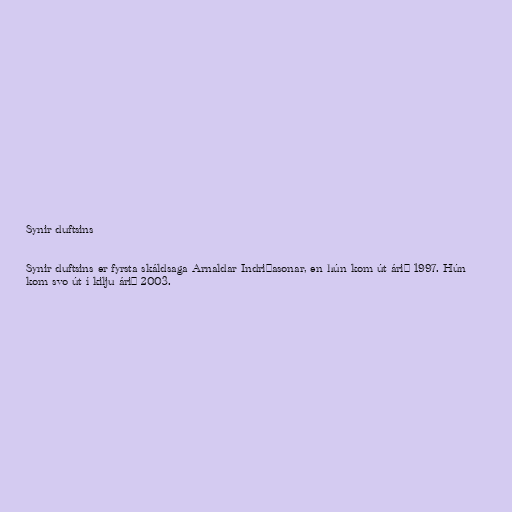
Synir duftsins

Synir duftsins er fyrsta skáldsaga Arnaldar Indriðasonar, en hún kom út árið 1997. Hún
kom svo út í kilju árið 2003.